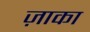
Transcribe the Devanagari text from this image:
ज़ाका